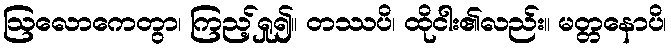
ဩလောကေတွာ၊ ကြည့်ရှု၍။ တဿပိ၊ ထိုငါး၏လည်း။ မတ္တနောပိ၊